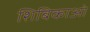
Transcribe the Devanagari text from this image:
शिबिकाओं